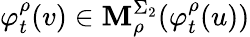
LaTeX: \varphi_{t}^{\rho}(v)\in\mathbf{M}_{\rho}^{\Sigma_{2}}(\varphi_{t}^{\rho}(u))